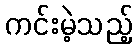
ကင်းမဲ့သည့်